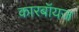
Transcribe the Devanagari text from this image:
कारबॉयज